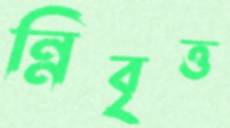
ন্নিবৃত্ত